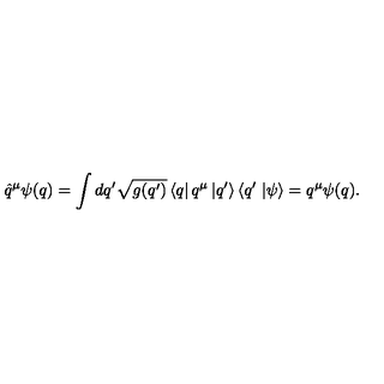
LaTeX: \hat { q } ^ { \mu } \psi ( q ) = \int d q ^ { \prime } \sqrt { g ( q ^ { \prime } ) } \left\langle q \right| q ^ { \mu } \left| q ^ { \prime } \right\rangle \left\langle q ^ { \prime } \right. \left| \psi \right\rangle = q ^ { \mu } \psi ( q ) .